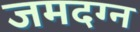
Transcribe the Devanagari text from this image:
जमदग्न